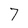
Character: 7